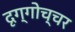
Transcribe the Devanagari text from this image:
दृग्गोच्चर